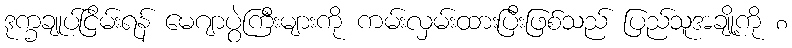
ဒုက္ခချုပ်ငြိမ်းရန် မေဂျာပွဲကြီးများကို ကမ်းလှမ်းထားပြီးဖြစ်သည် ပြည်သူအချို့ကို ၈